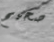
صحيح